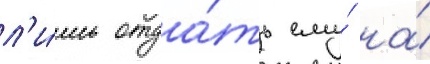
л'и́шь отда́ть ему́ на́